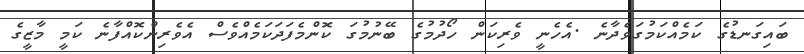
ބައިގަނޑުގެ ކަމެއްކަމުގަވެދާނެ .އެހެނީ ވެރިކަން ހޯދުމުގެ ބޭނުމުގަ ކޮންމެފަދަކަމެއްވެސް އެވެރިންކޮއްފާނެ ކަމީ މާޒީގެ